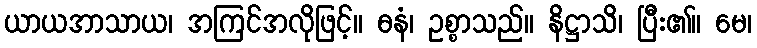
ယာယအာသာယ၊ အကြင်အလိုဖြင့်။ ဓနံ၊ ဥစ္စာသည်။ နိဋ္ဌာသိ၊ ပြီး၏။ မေ၊